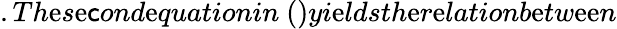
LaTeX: .Th\mathrm{e}s\mathrm{e}\mathsf{c}ond\mathrm{e}quationin~()yi\mathrm{e}ldsth\mathrm{e}r\mathrm{e}lationb\mathrm{e}tw\mathrm{e}\mathrm{e}n